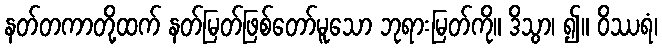
နတ်တကာတို့ထက် နတ်မြတ်ဖြစ်တော်မူသော ဘုရားမြတ်ကို။ ဒိသွာ၊ ၍။ ဝိဿရံ၊